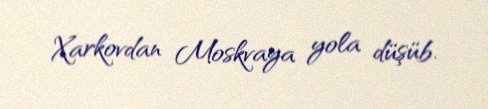
Xarkovdan Moskvaya yola düşüb.